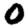
Digit: 0